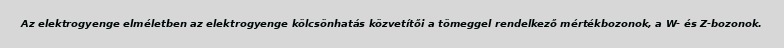
Az elektrogyenge elméletben az elektrogyenge kölcsönhatás közvetítői a tömeggel rendelkező mértékbozonok, a W- és Z-bozonok.